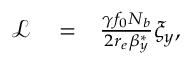
\begin{array} { r l r } { \mathcal { L } } & { { } = } & { \frac { \gamma f _ { 0 } N _ { b } } { 2 r _ { e } \beta _ { y } ^ { * } } \xi _ { y } , } \end{array}